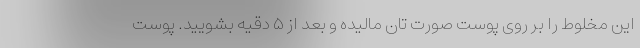
این مخلوط را بر روی پوست صورت تان مالیده و بعد از ۵ دقیه بشویید. پوست